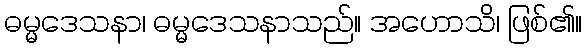
ဓမ္မဒေသနာ၊ ဓမ္မဒေသနာသည်။ အဟောသိ၊ ဖြစ်၏။